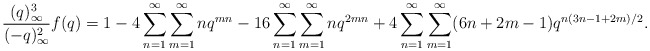
\begin{align*}\frac{(q)_\infty^3}{(-q)_\infty^2}f(q)&=1-4\sum_{n=1}^\infty\sum_{m=1}^\infty nq^{mn}-16\sum_{n=1}^\infty\sum_{m=1}^\infty nq^{2mn}+4\sum_{n=1}^\infty \sum_{m=1}^\infty (6n+2m-1)q^{n(3n-1+2m)/2}. \end{align*}